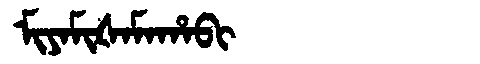
Manchu: ᠮᡳᠶᠠᠮᡳᡧᠠᠮᠠᡥᠠᠪᡳ
Romanization: MIYAMIŠAMAHABI